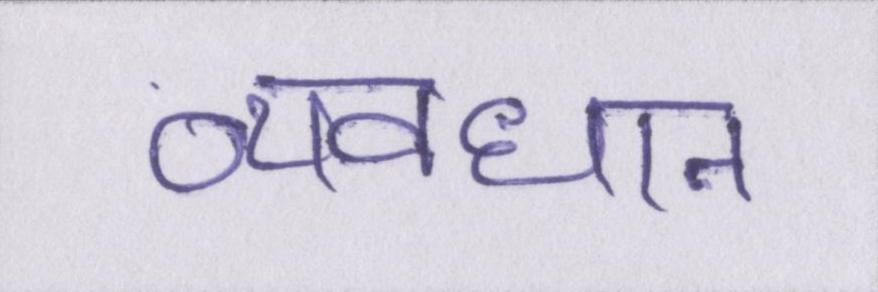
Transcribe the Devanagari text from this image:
व्यवधान